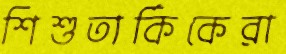
শিশুতার্কিকেরা